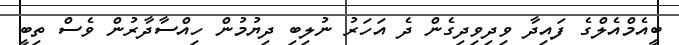
ބީއެމްއެލްގެ ފައިދާ ވިދިވިދިގެން ދެ އަހަރު ނުލިބި ދިޔުމުން ހިއްސާދާރުން ވެސް ތިބީ